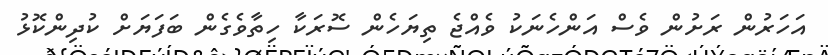
އަހަރުން ރަށުން ވެސް އަންހެނަކު ވެއްޖެ ތިޔަހެން ސޮރަކާ ހިތާވެގެން ބަފަޔަށް ކުދިންކޮޅު